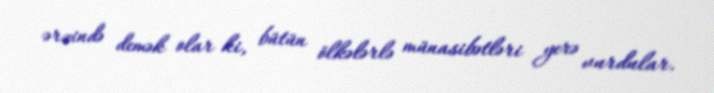
ərzində demək olar ki, bütün ölkələrlə münasibətləri yerə vurdular.